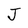
Character: J